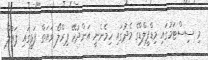
މި ސިސްޓަމުގައި މިޑްފީލްޑްގެ މެދުގައި ހިމެނެނީ އަންދުރޭ ޕިރްލޯ ވައަތް ފަޅީގައި ޕައުލް